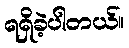
ရရှိခဲ့ပါတယ်။